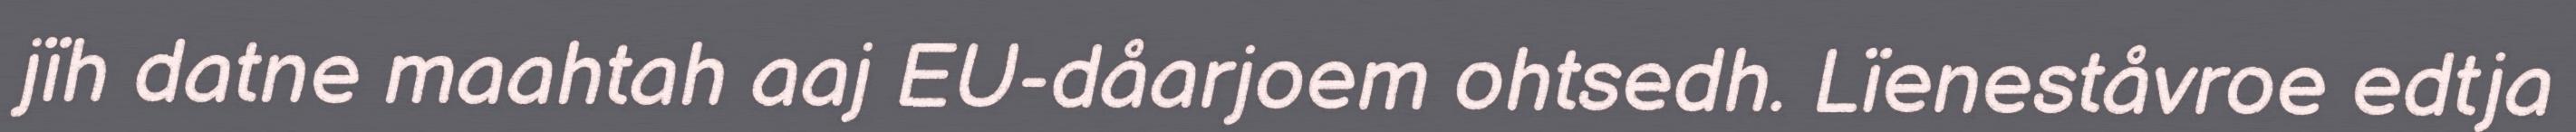
jïh datne maahtah aaj EU-dåarjoem ohtsedh. Lïeneståvroe edtja